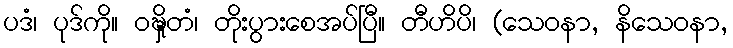
ပဒံ၊ ပုဒ်ကို။ ဝဍ္ဎှိတံ၊ တိုးပွားစေအပ်ပြီ။ တီဟိပိ၊ (သေဝနာ, နိသေဝနာ,